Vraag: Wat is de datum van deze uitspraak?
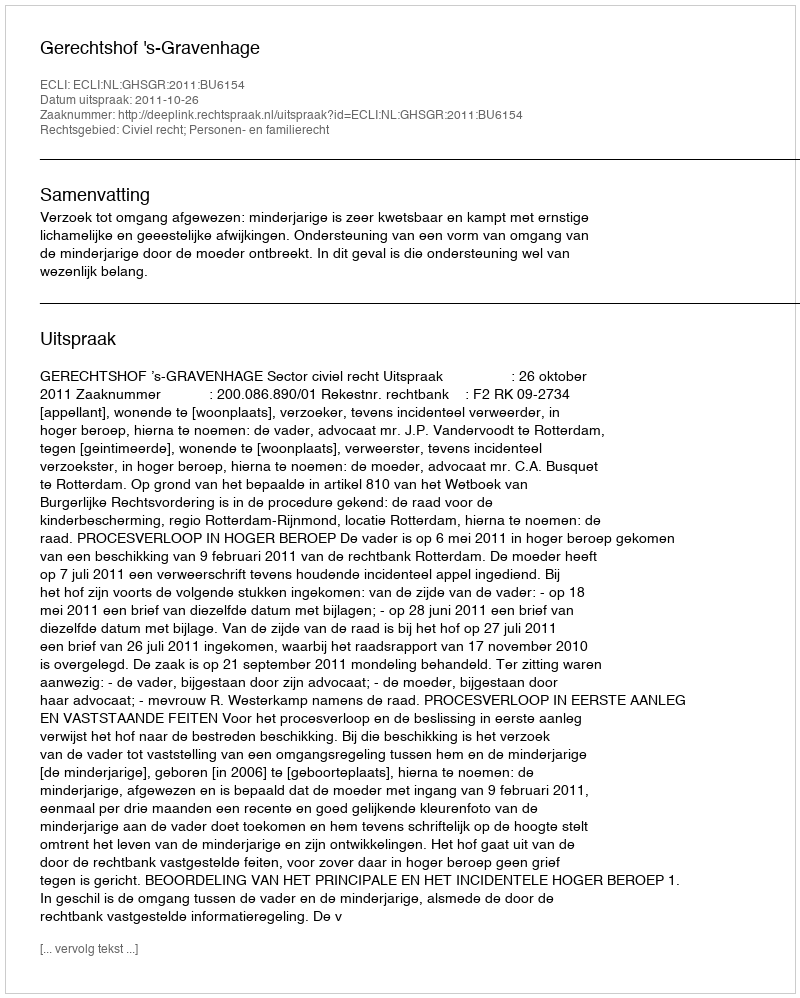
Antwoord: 2011-10-26